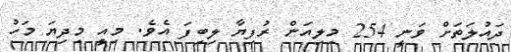
ދައުލަތަށް ވަނީ 254 މިލިއަން ރުފިޔާ ލިބިފަ އެވެ. މިއީ މިދިޔަ މަހު